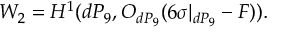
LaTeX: W _ { 2 } = H ^ { 1 } ( d P _ { 9 } , { \cal O } _ { d P _ { 9 } } ( 6 \sigma | _ { d P _ { 9 } } - F ) ) .